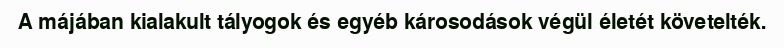
A májában kialakult tályogok és egyéb károsodások végül életét követelték.